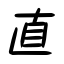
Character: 直